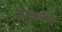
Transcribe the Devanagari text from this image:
शुल्कामुळे